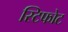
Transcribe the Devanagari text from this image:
स्टिफोट